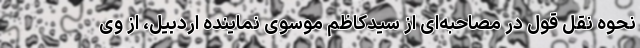
نحوه نقل قول در مصاحبه‌ای از سیدکاظم موسوی نماینده اردبیل، از وی